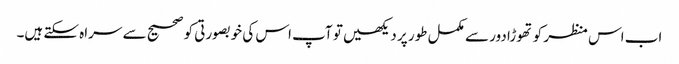
اب اس منظر کو تھوڑا دور سے مکمل طور پر دیکھیں تو آپ اس کی خوبصورتی کو صحیح سے سراہ سکتے ہیں۔